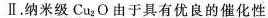
Ⅱ.纳米级Cu_{2}O由于具有优良的催化性